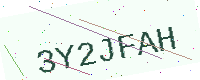
Text: 3Y2JFAH